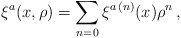
\begin{align*}\xi^a(x,\rho) =\sum_{n=0} \xi^{a\,(n)}(x)\rho^n\,,\end{align*}